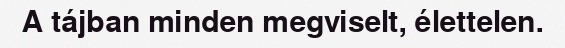
A tájban minden megviselt, élettelen.